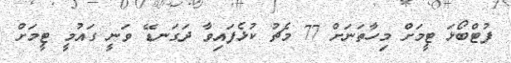
ފުޓްބޯޅަ ޓީމަށް މިހާތަނަށް 77 މެޗު ކުޅެފައިވާ ދަގަނޑޭ ވަނީ ގައުމީ ޓީމަށް